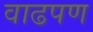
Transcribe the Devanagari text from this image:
वाढपण